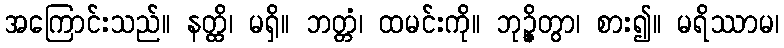
အကြောင်းသည်။ နတ္ထိ၊ မရှိ။ ဘတ္တံ၊ ထမင်းကို။ ဘုဉ္ဇိတွာ၊ စား၍။ မရိဿာမ၊